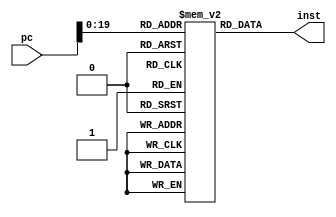
//Instruction Memory
/*
Instruction memory 2 MB in size width 16 bit( words ) [Read Only memory]
inputs:
  - pc: Address instrcution to read
output:
  - inst (16 bit):instruction
*/
module MemoInst(pc,
inst
);
input[31:0] pc;
//integer i;
output [15:0]inst;

reg [15:0]memory [0:1048575];

assign inst=memory[pc];

endmodule